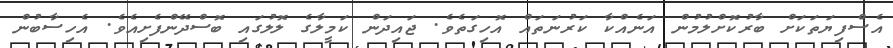
އެސްފިޔަތަކަށް ބާރުކޮށްލުމުން އަނެއްކާ ކަރުނަތައް އޮހިގަތެވެ. ޖައިދަން ކަމީލާގެ ލޮލުގައި ބޮސްދޭންފެށިއެވެ. އެހިސާބުން